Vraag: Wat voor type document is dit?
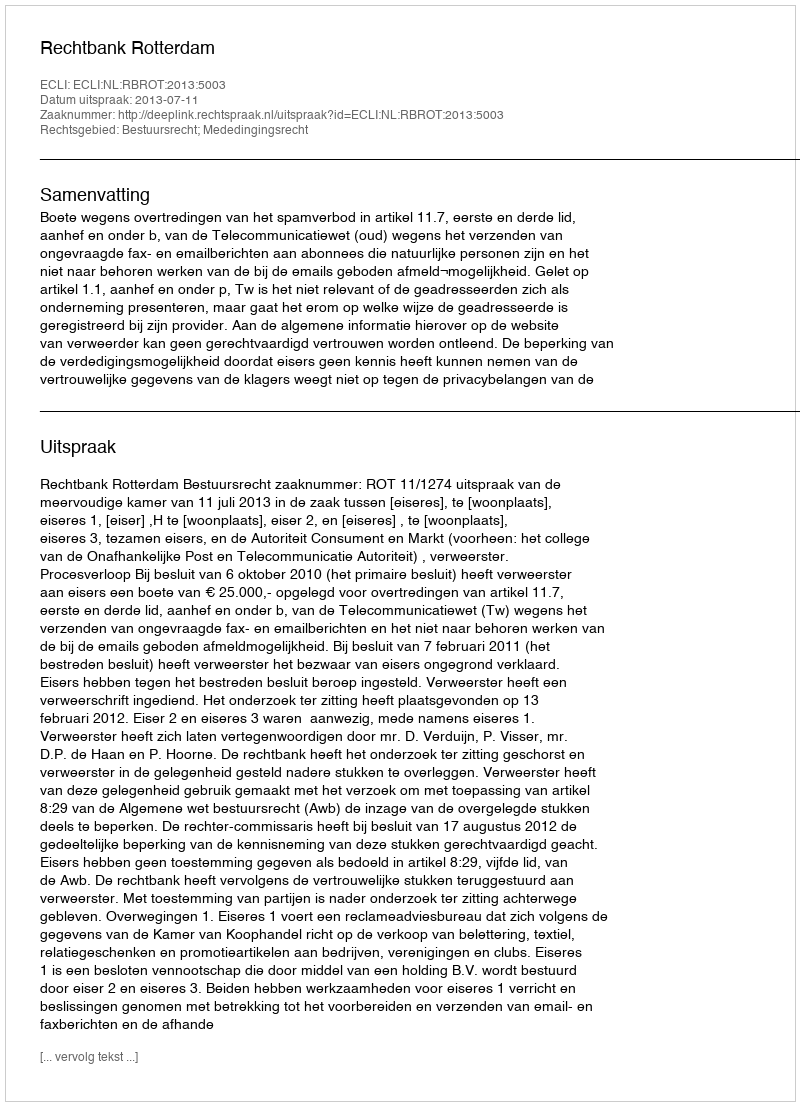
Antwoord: Uitspraak